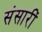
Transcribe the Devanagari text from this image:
संसारीं